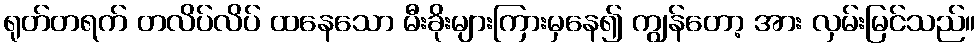
ရုတ်တရက် တလိပ်လိပ် ထနေသော မီးခိုးများကြားမှနေ၍ ကျွန်တော့ အား လှမ်းမြင်သည်။